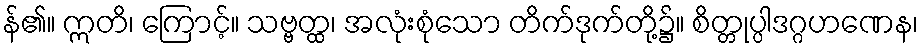
န်၏။ ဣတိ၊ ကြောင့်။ သဗ္ဗတ္ထ၊ အလုံးစုံသော တိက်ဒုက်တို့၌။ စိတ္တုပ္ပါဒဂ္ဂဟဏေန၊